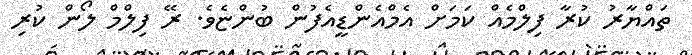
ތައްޔާރު ކުރާ ފިލްމެއް ކަމަށް އެމްއެންޑީއެފުން ބުންޏެވެ. ރޭ ފިލްމް ލޯން ކުރި